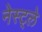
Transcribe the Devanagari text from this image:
नेस्ट्ले